[Report on the health of British troops in the Madras command]
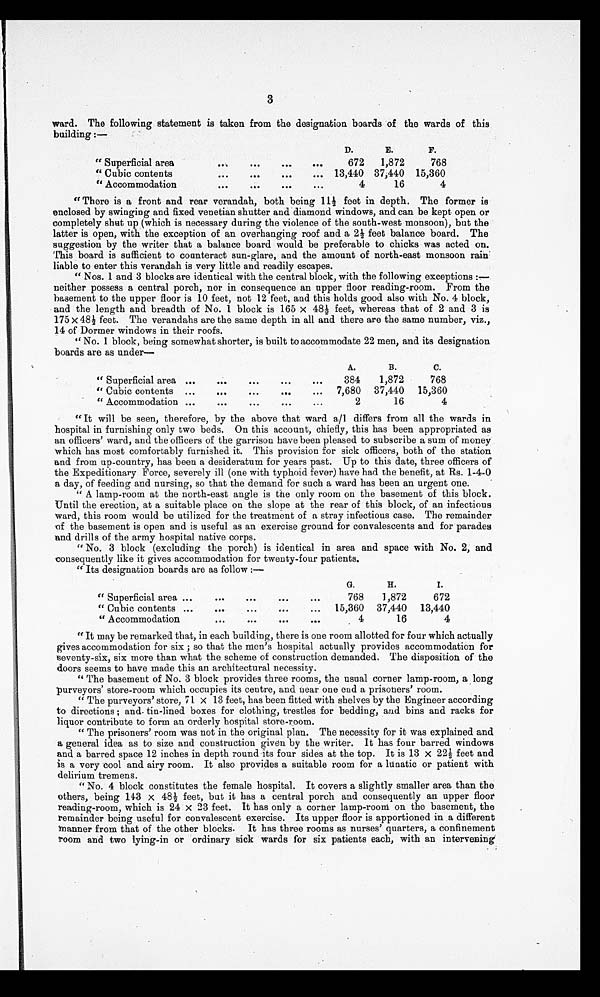
3
ward. The following statement is taken from the designation boards of the wards of this
building :—
" Superficial area . . .
D.
E.
F.
672
1,872
768
" Cubic contents . . .
13,440 37,440 15,360
" Accommodation . . .
4
16
4
"There is a front and rear verandah, both being 11½ feet in depth. The former is
enclosed by swinging and fixed venetian shutter and diamond windows, and can be kept open or
completely shut up (which is necessary during the violence of the south-west monsoon), but the
latter is open, with the exception of an overhanging roof and a 2½ feet balance board. The
suggestion by the writer that a balance board would be preferable to chicks was acted on.
This board is sufficient to counteract sun-glare, and the amount of north-east monsoon rain
liable to enter this verandah is very little and readily escapes.
" Nos. 1 and 3 blocks are identical with the central block, with the following exceptions :—
neither possess a central porch, nor in consequence an upper floor reading-room. From the
basement to the upper floor is 10 feet, not 12 feet, and this holds good also with No. 4 block,
and the length and breadth of No. 1 block is 165 x 48½ feet, whereas that of 2 and 3 is
175 x 48½ feet. The verandahs are the same depth in all and there are the same number, viz.,
14 of Dormer windows in their roofs.
" No. 1 block, being somewhat shorter, is built to accommodate 22 men, and its designation
boards are as under
" Superficial area . . .
A.
B.
C.
384
1,872
768
" Cubic contents . . .
7,680
37,440
15,360
" Accommodation . . .
2
16
4
"It will be seen, therefore, by the above that ward a/l differs from all the wards in
hospital in furnishing only two beds. On this account, chiefly, this has been appropriated as
an officers' ward, and the officers of the garrison have been pleased to subscribe a sum of money
which has most comfortably furnished it. This provision for sick officers, both of the station
and from up-country, has been a desideratum for years past. Up to this date, three officers of
the Expeditionary Force, severely ill (one with typhoid fever) have had the benefit, at Rs. 1-4-0
a day, of feeding and nursing, so that the demand for such a ward has been an urgent one.
" A lamp-room at the north-east angle is the only room on the basement of this block.
Until the erection, at a suitable place on the slope at the rear of this block, of an infectious
ward, this room would be utilized for the treatment of a stray infectious case. The remainder
of the basement is open and is useful as an exercise ground for convalescents and for parades
and drills of the army hospital native corps.
" No. 3 block (excluding the porch) is identical in area and space with No. 2, and
consequently like it gives accommodation for twenty-four patients.
" Its designation boards are as follow:—
" Superficial area . . .
G.
H .
I.
768
1,872
672
" Cubic contents . . .
15,360 37,440
13,440
" Accommodation . . .
4
16
4
" It may be remarked that, in each building, there is one room allotted for four which actually
gives accommodation for six ; so that the men's hospital actually provides accommodation for
seventy-six, six more than what the scheme of construction demanded. The disposition of the
doors seems to have made this an architectural necessity.
"The basement of No. 3 block provides three rooms, the usual corner lamp-room, a long
purveyors' store-room which occupies its centre, and near one end a prisoners' room.
" The purveyors' store, 71 x 13 feet, has been fitted with shelves by the Engineer according
to directions ; and. tin-lined boxes for clothing, trestles for bedding, and bins and racks for
liquor contribute to form an orderly hospital store-room.
" The prisoners' room was not in the original plan. The necessity for it was explained and
a general idea as to size and construction given by the writer. It has four barred windows
and a barred space 12 inches in depth round its four sides at the top. It is 13 x 22½ feet and
is a very cool and airy room. It also provides a suitable room for a lunatic or patient with
delirium tremens.
" No. 4 block constitutes the female hospital. It covers a slightly smaller area than the
others, being 143 x 48½ feet, but it has a central porch and consequently an upper floor
reading-room, which is 24 x 23 feet. It has only a corner lamp-room on the basement, the
remainder being useful for convalescent exercise. Its upper floor is apportioned in a different
manner from that of the other blocks. It has three rooms as nurses' quarters, a confinement
room and two lying-in or ordinary sick wards for six patients each, with an intervening